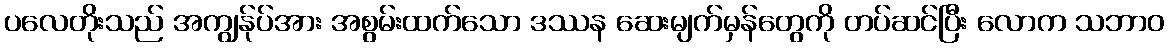
ပလေတိုးသည် အကျွန်ုပ်အား အစွမ်းထက်သော ဒဿန ဆေးမျက်မှန်တွေကို တပ်ဆင်ပြီး လောက သဘာဝ